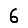
Digit: 6